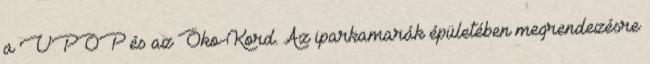
a VPOP és az Öko-Kord. Az iparkamarák épületében megrendezésre